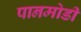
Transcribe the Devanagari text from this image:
पानमोडी